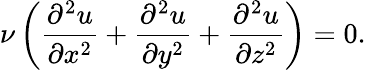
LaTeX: \nu\left({\frac{\partial^{2}u}{\partial x^{2}}}+{\frac{\partial^{2}u}{\partial y^{2}}}+{\frac{\partial^{2}u}{\partial z^{2}}}\right)=0.